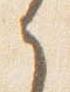
之